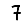
Digit: 7